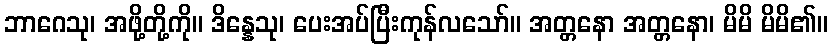
ဘာဂေသု၊ အဖို့တို့ကို။ ဒိန္နေသု၊ ပေးအပ်ပြီးကုန်လသော်။ အတ္တနော အတ္တနော၊ မိမိ မိမိ၏။